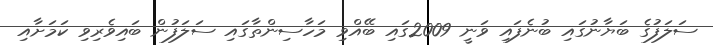
ސަލަފުގެ ބަޔާނުގައި ބުނެފައި ވަނީ 2009ގައި ބޭއްވި މަހާސިންތާގައި ސަލަފުން ބައިވެރިވި ކަމަށާއި